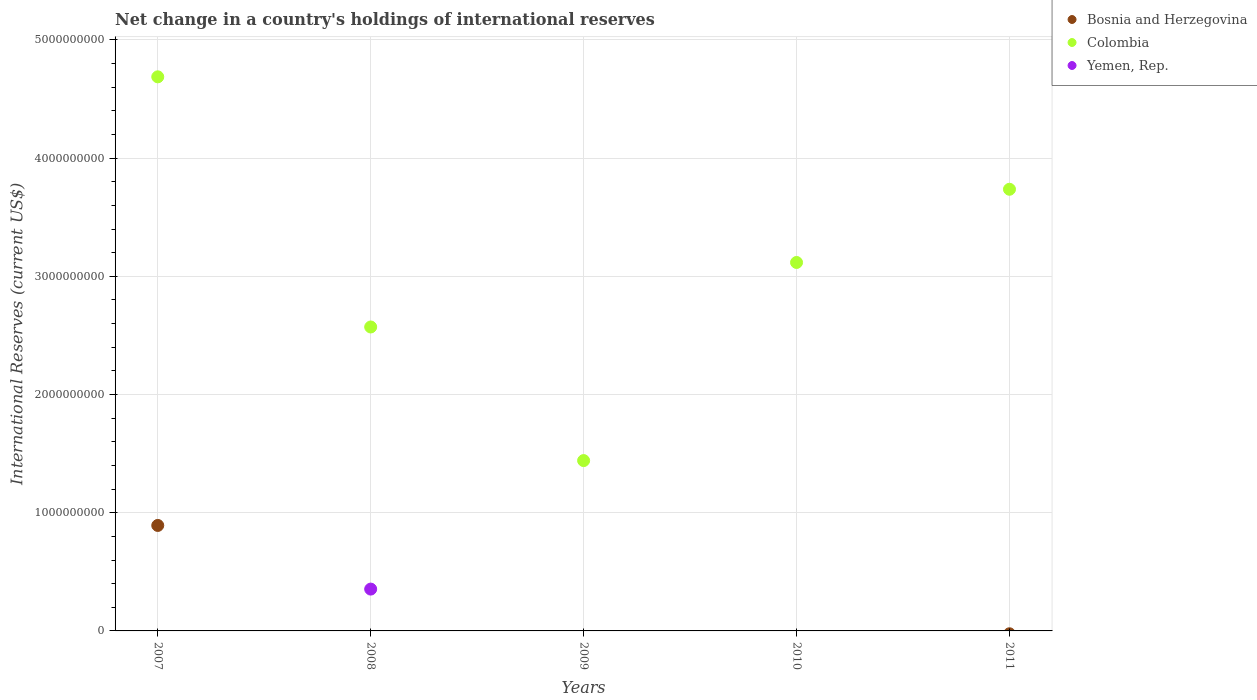
| Years | Bosnia and Herzegovina | Colombia | Yemen, Rep. |
 | --- | --- | --- | --- |
 | 2007 | 8.92e+08 | 4.69e+09 | -2.01e+08 |
 | 2008 | -3e+08 | 2.57e+09 | 3.54e+08 |
 | 2009 | -3.37e+08 | 1.44e+09 | -1.3e+09 |
 | 2010 | -6.03e+07 | 3.12e+09 | -1.56e+09 |
 | 2011 | -2.41e+07 | 3.74e+09 | -2.12e+09 |